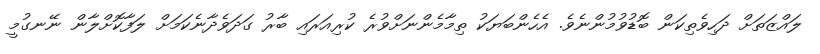
ލައްޒަތަށް ދަހިވެތިކަން ބޮޑުވުމުންނެވެ. އެހެންބަޔަކު ތިމާމެންނަށްވުރެ ކުރިއަރައި ބާރު ގަދަވެދާނެކަމަށް ލަފާކޮށްލާން ނޭނގުމީ